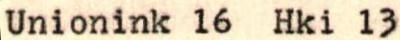
REYKJAVIK 36/35 1 1131 NORTHERN